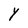
Character: Y